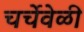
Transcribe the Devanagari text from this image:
चर्चेवेळी